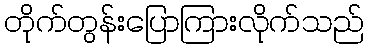
တိုက်တွန်းပြောကြားလိုက်သည်